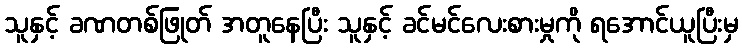
သူနှင့် ခဏတစ်ဖြုတ် အတူနေပြီး သူနှင့် ခင်မင်လေးစားမှုကို ရအောင်ယူပြီးမှ